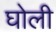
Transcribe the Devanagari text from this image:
घोली